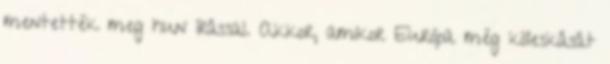
mentették meg hun írással. Akkor, amikor Európa még köleskását